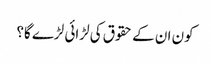
کون ان کے حقوق کی لڑائی لڑے گا؟